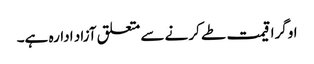
اوگرا قیمت طے کرنے سے متعلق آزاد ادارہ ہے۔